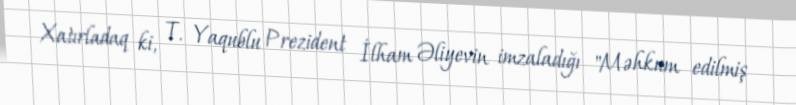
Xatırladaq ki, T. Yaqublu Prezident İlham Əliyevin imzaladığı "Məhkum edilmiş